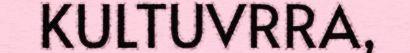
KULTUVRRA,